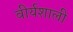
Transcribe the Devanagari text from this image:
वीर्यशाली